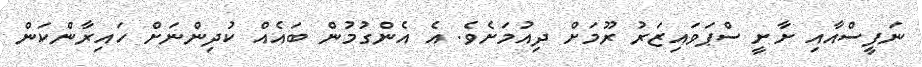
ނަފީސްއާއި ށާށީ ސްޕަވައިޒަރު ރޫމަށް ދިއުމަށެވެ. އެ އެންގުމުން ބައެއް ކުދިންނަށް ހައިރާންކަން